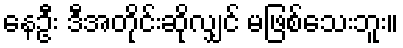
နေဦး ဒီအတိုင်းဆိုလျှင် မဖြစ်သေးဘူး။